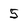
Character: 5